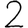
Digit: 2